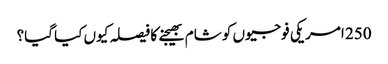
250 امریکی فوجیوں کو شام بھیجنے کا فیصلہ کیوں کیا گیا؟